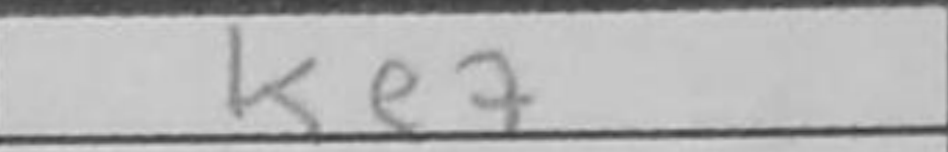
Transcription: Ke7